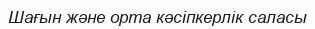
Шағын және орта кәсіпкерлік саласы